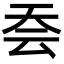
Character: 𭑆